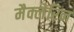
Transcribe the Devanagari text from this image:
मैक्लेरिन